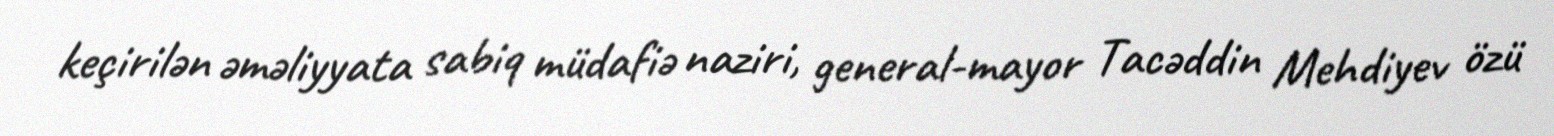
keçirilən əməliyyata sabiq müdafiə naziri, general-mayor Tacəddin Mehdiyev özü